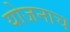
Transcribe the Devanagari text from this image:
योजनाच